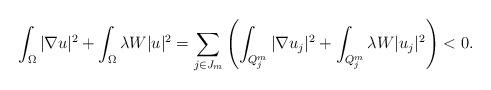
LaTeX: \begin{align*} \int_\Omega |\nabla u|^2 + \int_\Omega \lambda W |u|^2 = \sum_{j \in J_m} \left(\int_{Q^m_j} |\nabla u_j|^2 + \int_{Q^m_j} \lambda W |u_j|^2\right) < 0 .\end{align*}